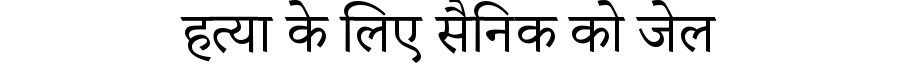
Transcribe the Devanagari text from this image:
हत्या के लिए सैनिक को जेल